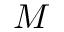
M